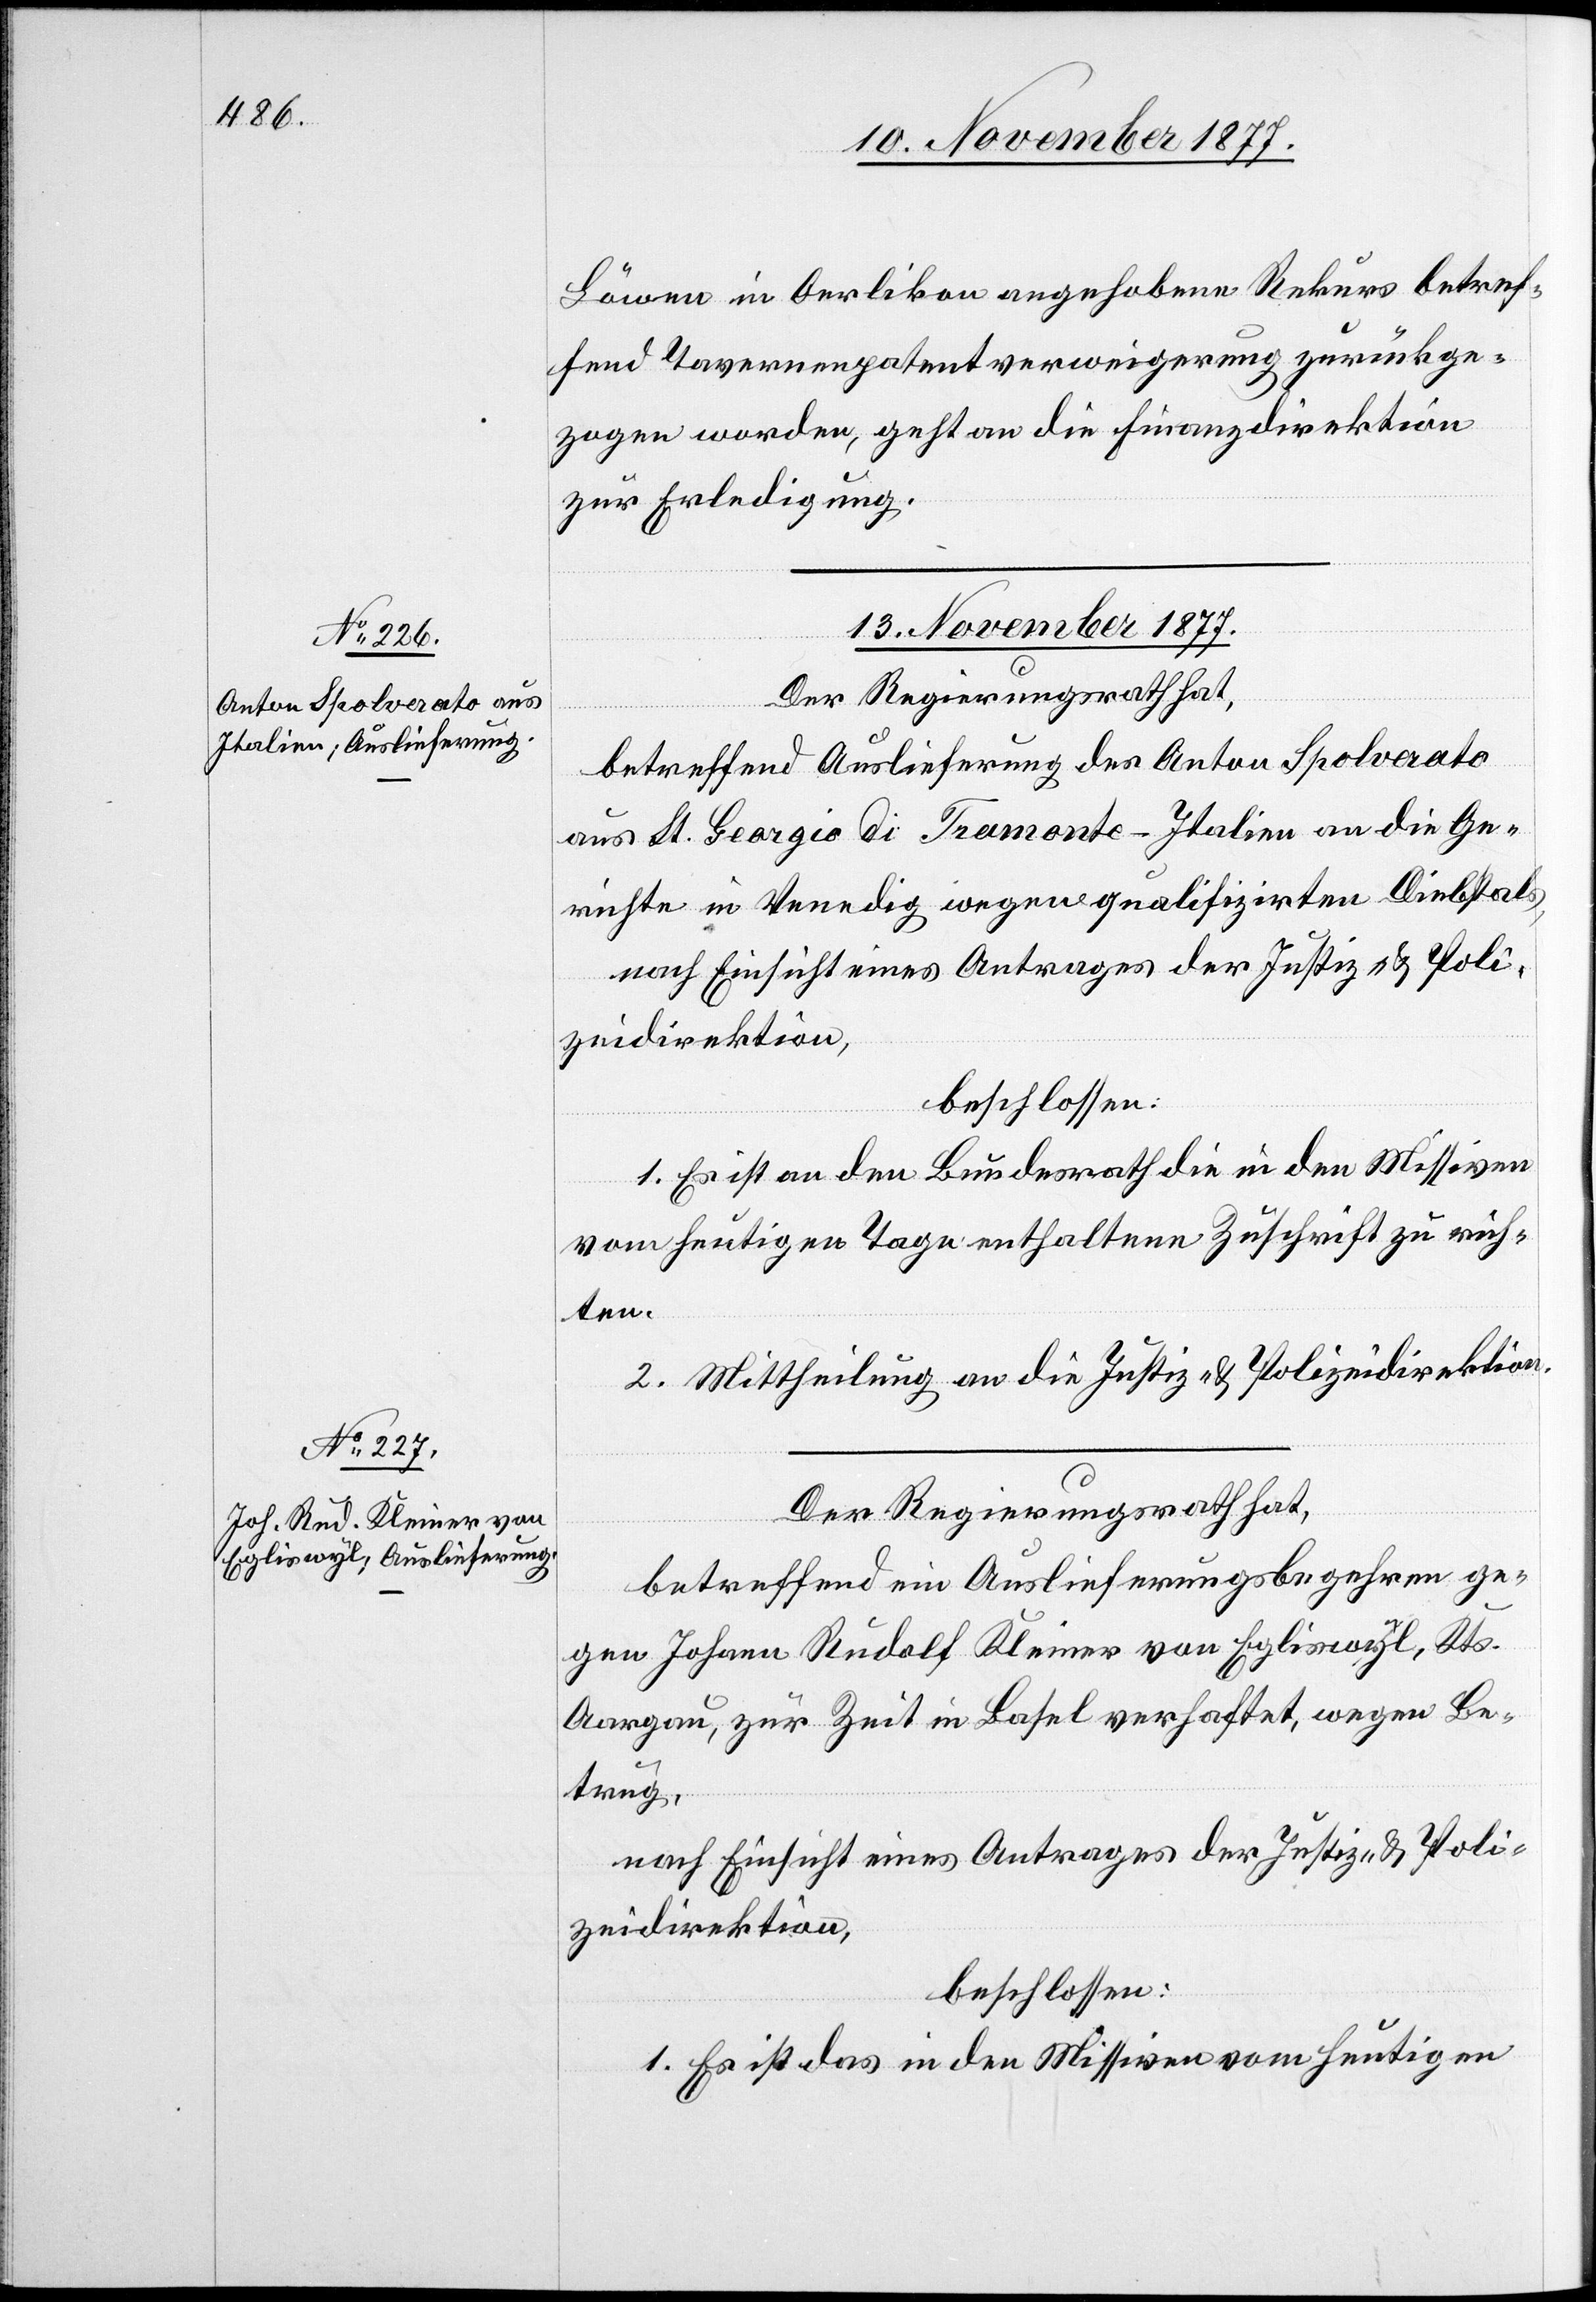
13. November 1877.]
Löwen in Oerlikon angehobene Rekurs betref¬
fend Tavernenpatentverweigerung zurückge¬
zogen worden, geht an die Finanzdirektion
zur Erledigung.
Der Regierungsrath hat,
betreffend Auslieferung des Anton Spolverato
aus St. Georgio di Tramonte - Italien an die Ge¬
richte in Venedig wegen qualifizirten Diebstals,
nach Einsicht eines Antrages der Justiz- & Poli¬
zeidirektion,
beschlossen:
1. Es ist an den Bundesrath die in den Missiven
vom heutigen Tage enthaltene Zuschrift zu rich¬
ten.
2. Mittheilung an die Justiz- & Polizeidirektion.
Der Regierungsrath hat,
betreffend ein Auslieferungsbegehren ge¬
gen Johann Rudolf Kleiner von Egliswyl, Kts.
Aargau, zur Zeit in Basel verhaftet, wegen Be¬
trug,
nach Einsicht eines Antrages der Justiz- & Poli¬
zeidirektion,
beschlossen:
1. Es ist das in den Missiven vom heutigen